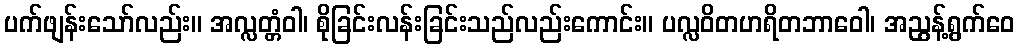
ပက်ဖျန်းသော်လည်း။ အလ္လတ္တံဝါ၊ စိုခြင်းလန်းခြင်းသည်လည်းကောင်း။ ပလ္လဝိတဟရိတဘာဝေါ၊ အညွန့်ရွက်ဝေ